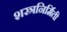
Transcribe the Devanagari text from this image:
शस्त्रनिर्मिती